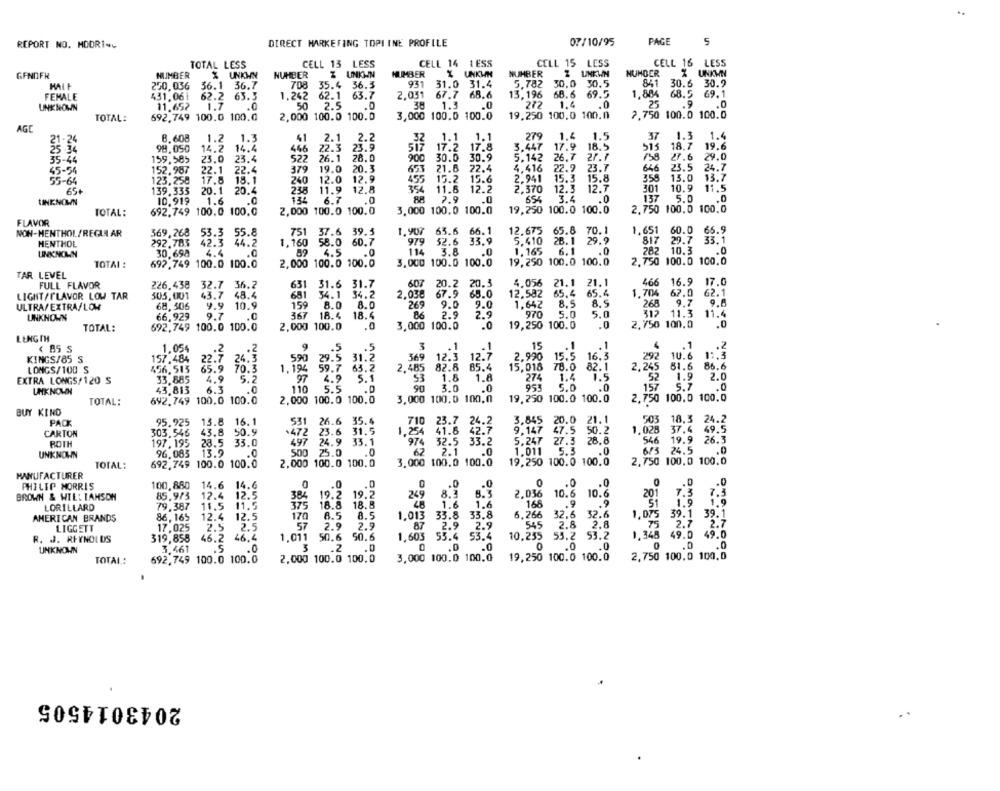
PAGE
5
REPORT NO. MODRI --
DIRECT MARKETING TOPLINE PROFILE
07/10/95
TOTAL LESS
CELL 13 LESS
CELL 14 1 ESS
CELL 15 LESS
CELL 16 LESS
NUMBER
GENOFR
MUMBER
X UNKHN
NUMBER
Z UNKHN
NUMBER
% UNKWH
NUMBER
% UNKMN
250,036
36.1 36.7
708 35.4 36.3
931 31.0 31.4
5.782 30.0 30.5
841 30.6 30.9
FEMALE
431,06
62.2 63.3
1.242
62.1 63.7
2,031 67.7 68.6
13,196
68.6
69.5
1.884 68.5 69.1
2.5
38
1.3
272
1.4
.0
25
.0
UNKNOWN
11.65?
1.7
.0
50
.0
.0
TOTAL:
692.749 100.0 100.0
2,000 100.0 100.0
3,000 100.0 100.0
19.250 100.0 100.0
2,750 100.0 100.0
AGE
1.5
1.3
1.4
11-24
8.608
1.2
1.3
41
2.1
2.2
1.1
1.1
279
1.4
37
98,050
14.2 14.4
446
22.3 23.9
17.2 17.8
3.447
17.9 18.5
515
18.7
19.6
35-44
23.0
23.4
522
26.1
28.0
900
30.0 30.9
5.142
26.7
27.7
/58 27.6
29.0
159,585
4.416
22.9
23.7
646
23.5
24.7
45-54
152.987
22.1
22.4
379
19.0
20.3
653 21.8
72.4
55-64
123,258
17.8 18.1
240
12.0
12.9
455 15.2 15.6
2.941
15.3
15.8
358
13.0
13.7
65+
139,335
20.1 20.4
238
11.9
12.8
354
11.6 12.2
2.370
12.3 12.7
301
10.9
11.5
6.7
.0
2.9
.0
3.4
.0
137
5.0
.0
UNKNOWN
10.919
1.6
.0
65
TOTAL:
692,749 100.0 100,0
2,000 100.0 100.0
3.000 100.0 100.0
19,250 100.0 100.0
MAYO
2,750 100,0 100.0
FLAVOR
1. 907
63.6 66.1
1,651 60.0
66.9
NON-MENTHOL/REGULAR
369,268 53.3 55.8
751 37.6 39.5
12.675 65.8 70.1
MENTHOL
292.783
42.3 44.2
1,160 58.0 60.7
979
32.6 33.9
5.410
28. 1 29.9
817 29.7
33. 1
UNKNOWN
30.698
4.4
4.5
.0
114
3.8
.0
1.165
6.1
.0
282 10.3
.C
3.000 100.0 100.0
19,250 100.0 100.0
2.750 100.0 100.0
TOTAL :
692,749 100.0 100.0
2,000 100.0 100.0
TAR LEVEL
FULL FLAVOR
226.438 32.7 36.2
631
31.6 31.7
607 20.2 20.3
4.056
21. 1 21.1
466 16.9
17.0
43.7 48.4
681 34.1 34.2
2,038
67.9
65.0
12.582
65.4
65.4
1.704 67.0
62.1
LIGHT/FLAVOR LOW TAR
505,001
9.7
ULTRA/EXTRA/LOW
68,506
9.9 10.9
159 8.0 8.0
269
9.0
9.0
1,642
8.5
8.5
268
UNKNOWN
66,929
9.7
.0
367 18.4
18.4
2.9
2.9
970
5.0
5.0
312 11.3
11.4
19,250 100.0
.0
2.750 100.0
.0
TOTAL:
692,749 100.0 100.0
2,000 100.0
.0
3,000 100.0
.0
LENGTH
< 85 S
1.054
.2
.5
3
.1
.1
15
.1
.1
.1
.2
22.7 24.3
1.2
590 29.5 31.2
369 12.3
12.7
2.990
15.5
16.3
292 1U.6
KINGS/85 S
157,484
86.6
LONGS/100 S
456,513
65.9 70.3
1.194 59.7 63.2
2.485 82.8 85.4
15,018
78.0
82.1
2,245
81.6
EXTRA LONGS/120 S
33.685
4.9
5.2
97 4.9 5.1
53
1.8
1.8
274
1.4
1.5
1.9
2.0
6.3
.0
110
5.5
.0
90
3.0
.0
95!
5.0
.0
157
5.7
UNKNOWN
43,813
TOTAL:
692.749 100.0 100.0
2,000 100.0 100.0
3,000 100,0 100,0
19. 250 100.0 100.0
2,750 100,0 100,0
BUY KIND
26.6 35.4
710 23.7 24.2
503 18.3
24.2
PACK
95.925
13.8 16.1
531
3.845
CARTON
303,546
43,8 50.9
472 23.6 31.5
1,254
9.147
1.028 37.4
ROTH
197,195
23.5 33.0
497 24.9 33.1
5.247
546 19.9
.0
62
1.011
6/3 24.5
.0
UNKNOWN
96.083
13.9
.0
500 25.0
19,250 100.0 100.0
TOTAL:
692,749 100.0 100.0
2,000 100.0 100.0
3.000 100.0 100.0
2,750 100.0 100.0
MANUFACTURER
.0
PHILIP MORRIS
100,880
14.6 14.6
.0
.. 0
0
.0
BROWN & WILL TAHSON
85.973
12.4
12.5
384
19.2 19.2
249
8.3
LORILLARD
79,387
11.5
11.5
375
18.8 18.8
1.6
51
170
8.5
1.013 33.8 33.8
1,075
39.1
39.1
AMERICAN BRANDS
86,165
12.4 12.5
8.5
LIGGETT
17,025
2.5
2.5
57
2.9
2.9
87
2.9
75
2.7
2.7
R. J. REYNOLDS
319,858
46.2
46.4
1.011
50.6 50.6
1,603
55.4 53.4
49.0
49.0
5
3
.2
.0
.0
UNKNOWN
3,461
.0
.D
TOTAL .:
692,749 100.0 100.0
2,000 100.0 100.0
3,000 100.0 100.0
2,750 100.0 100.0
2043014505
..